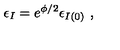
\epsilon _ { I } = e ^ { \phi / 2 } \epsilon _ { I ( 0 ) } \ ,